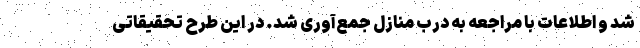
شد و اطلاعات با مراجعه به درب منازل جمع‌آوری شد. در این طرح تحقیقاتی